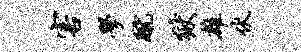
害学蹴狱雄伏